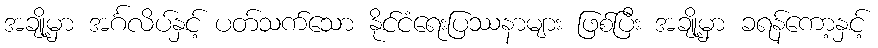
အချို့မှာ အင်္ဂလိပ်နှင့် ပတ်သက်သော နိုင်ငံရေးပြဿနာများ ဖြစ်ပြီး အချို့မှာ ခရန်ကော့နှင့်